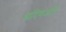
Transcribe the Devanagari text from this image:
आदिमजाति